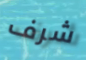
شرف